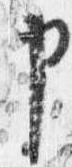
申